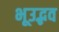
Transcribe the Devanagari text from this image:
भूउद्भव